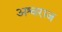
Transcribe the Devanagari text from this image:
अश्वराज